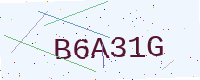
Text: B6A31G